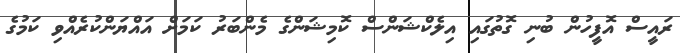
ރައީސް އޮފީހުން ބުނި ގޮތުގައި އިލެކްޝަންސް ކޮމިޝަންގެ މެންބަރު ކަމަށް އައްޔަންކުރެއްވި ކަމުގެ